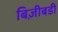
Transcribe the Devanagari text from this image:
बिज़ीबडी